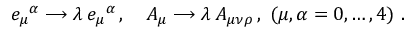
e _ { \mu } { } ^ { \alpha } \longrightarrow \lambda \, e _ { \mu } { } ^ { \alpha } \, , \quad A _ { \mu } \longrightarrow \lambda \, A _ { \mu \nu \rho } \, , \; ( \mu , \alpha = 0 , \ldots , 4 ) \ .